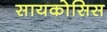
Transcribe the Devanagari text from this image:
सायकोसिस